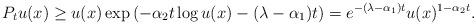
LaTeX: \begin{align*} P_tu(x) \geq u(x)\exp\left(-\alpha_2 t \log u(x) -(\lambda-\alpha_1)t\right) = e^{-(\lambda-\alpha_1)t}u(x)^{1-\alpha_2 t}. \end{align*}